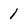
Character: 1